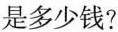
是多少钱?